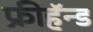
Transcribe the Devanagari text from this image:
फ्रीहॅन्ड